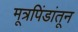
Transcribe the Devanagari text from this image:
मूत्रपिंडांतून